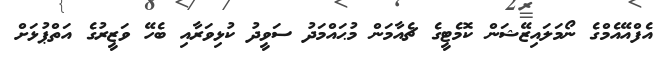
އެފްއޭއެމްގެ ނޯމަލައިޒޭޝަން ކޮމެޓީގެ ޗެއާމަން މުޙައްމަދު ސަވީދު ކުޅިވަރާއި ބެހޭ ވަޒީރުގެ އަތްޕުޅަށް